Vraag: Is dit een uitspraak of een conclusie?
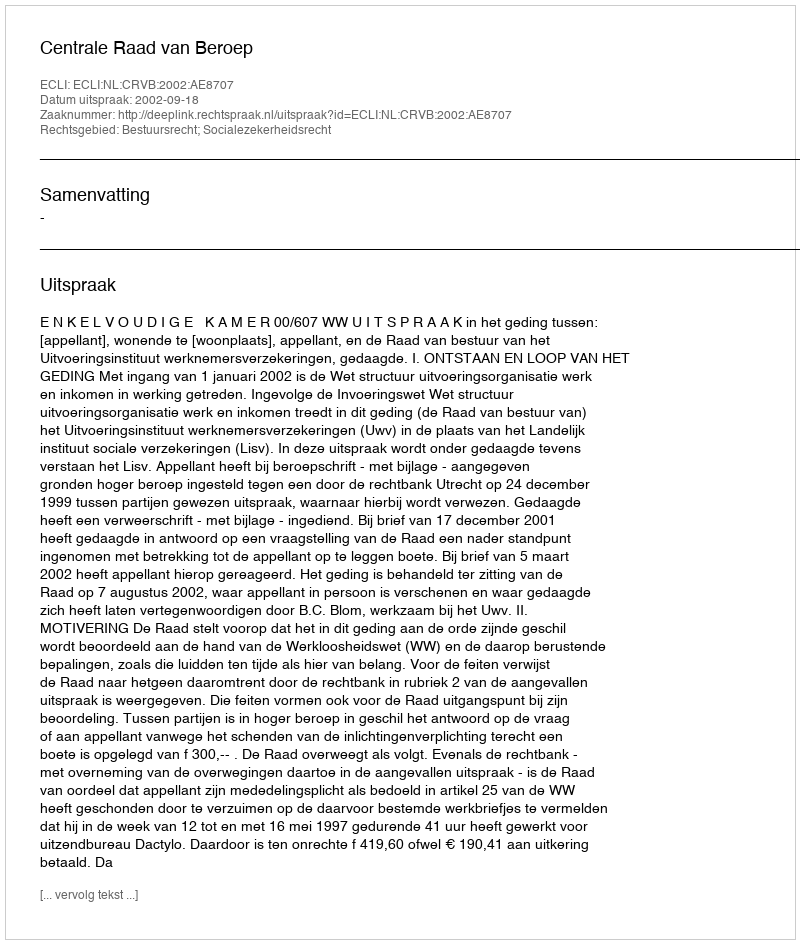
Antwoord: Uitspraak